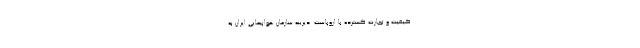
کیفیت و تجارت گسترده با اروپاست. دیرینه سازمان هواپیمایی ایران به